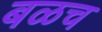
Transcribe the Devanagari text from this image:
बळच